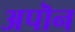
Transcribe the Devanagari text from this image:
अपॊन